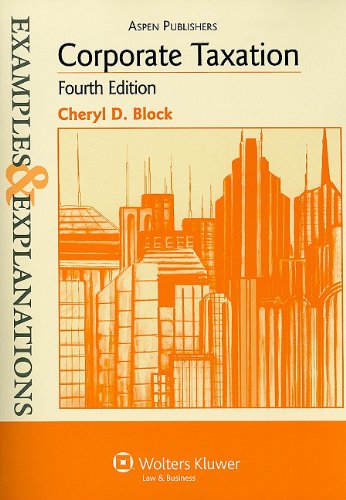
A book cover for Examples & Explanations: Corporate Taxation, 4th Edition; Cheryl D. Block; Law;